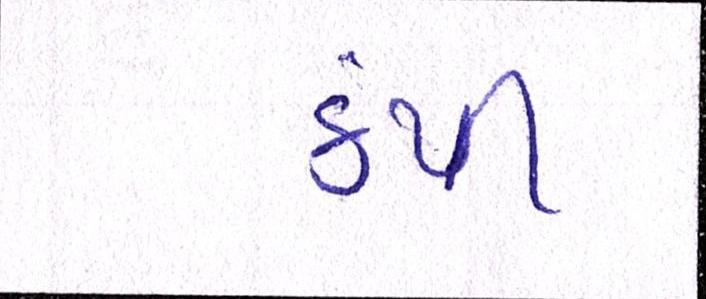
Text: કંપી